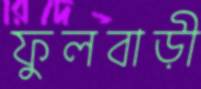
ফুলবাড়ী